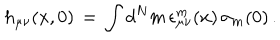
h _ { \mu \nu } ( x , 0 ) \, = \, \int d ^ { N } m \, \epsilon _ { \mu \nu } ^ { m } ( x ) \, \sigma _ { m } ( 0 ) \, .